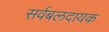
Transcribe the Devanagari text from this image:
सर्वबलदायक